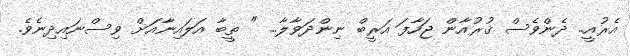
އެރުއީ.. ދެންވެސް ޤުރުއާން ޖަހާފަ އަރީބް ނިންދަވާލާ... " ތީބާ އަލައިނާއަށް ވިސްނައިދިނެވެ.